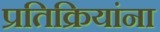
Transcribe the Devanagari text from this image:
प्रतिक्रियांना